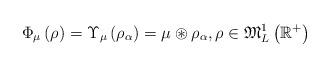
LaTeX: \begin{align*}\Phi _{\mu }\left( \rho \right) =\Upsilon _{\mu }\left( \rho _{\alpha}\right) =\mu \circledast \rho _{\alpha },\rho \in \mathfrak{M}_{L}^{1}\left( \mathbb{R}^{+}\right) \end{align*}